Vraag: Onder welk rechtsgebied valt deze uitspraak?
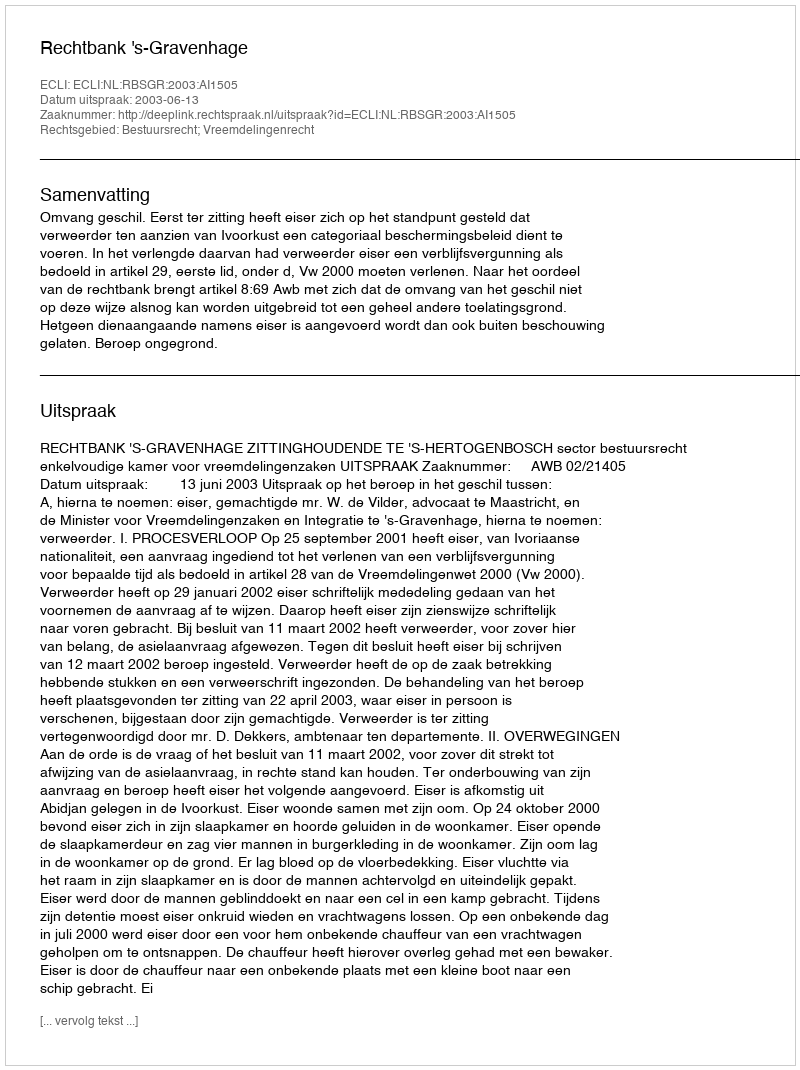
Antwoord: Bestuursrecht; Vreemdelingenrecht